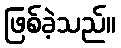
ဖြစ်ခဲ့သည်။